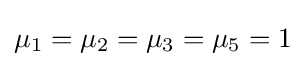
\mu _{1}=\mu _{2}=\mu _{3}=\mu _{5}=1